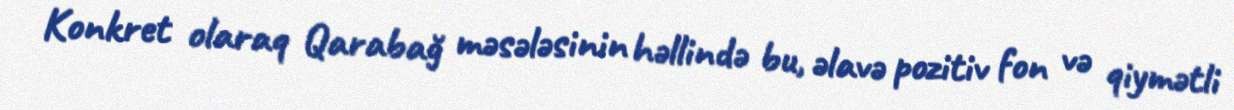
Konkret olaraq Qarabağ məsələsinin həllində bu, əlavə pozitiv fon və qiymətli